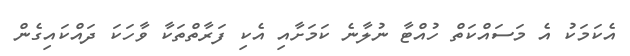
އެކަމަކު އެ މަސައްކަތް ހުއްޓާ ނުލާނެ ކަމަށާއި އެކި ފަރާތްތަކާ ވާހަކަ ދައްކައިގެން